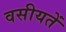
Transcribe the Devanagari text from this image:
वसीयतें